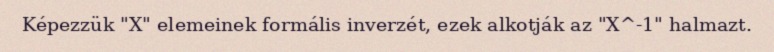
Képezzük "X" elemeinek formális inverzét, ezek alkotják az "X^-1" halmazt.